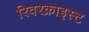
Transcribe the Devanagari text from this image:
रिवरक्राइस्ट